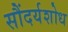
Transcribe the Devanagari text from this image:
सौंदर्यशोध